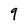
Character: 9